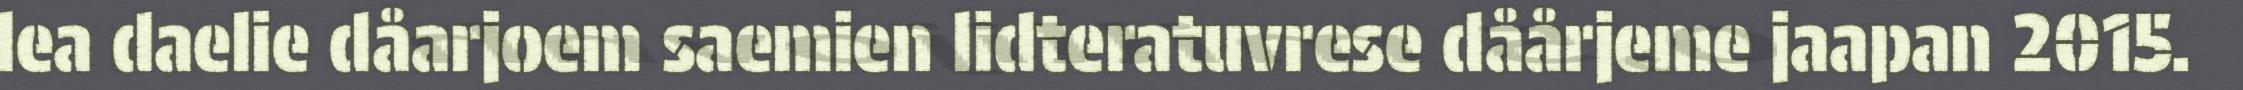
lea daelie dåarjoem saemien lidteratuvrese dåårjeme jaapan 2015.